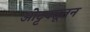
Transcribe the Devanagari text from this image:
ओट्टक्तूतन